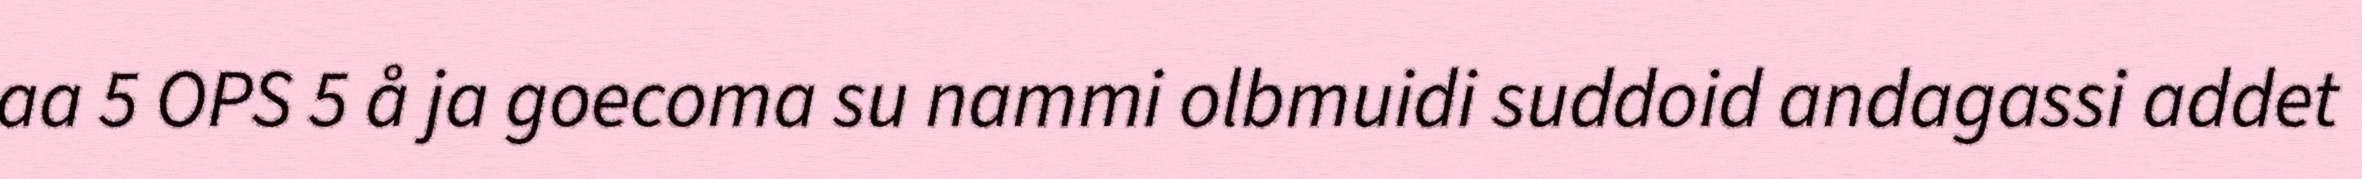
aa 5 OPS 5 å ja goecoma su nammi olbmuidi suddoid andagassi addet